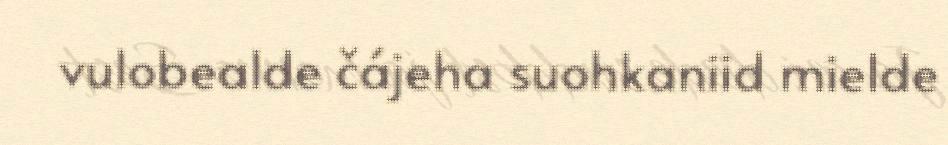
vulobealde čájeha suohkaniid mielde